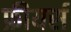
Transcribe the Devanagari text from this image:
फ्रीयर्स